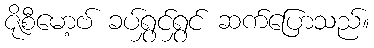
ဇိုစီမော့ဗ် ခပ်ရွှင်ရွှင် ဆက်ပြောသည်။